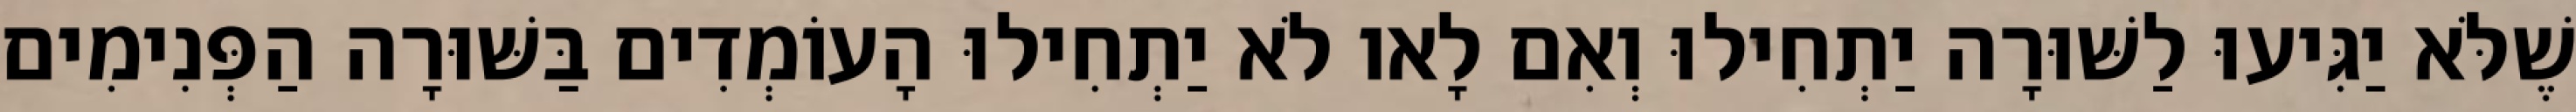
שֶׁלֹּא יַגִּיעוּ לַשּׁוּרָה יַתְחִילוּ וְאִם לָאו לֹא יַתְחִילוּ הָעוֹמְדִים בַּשּׁוּרָה הַפְּנִימִים